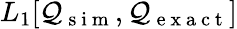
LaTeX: L_{1}[\mathcal{Q}_{\mathrm{{~s~i~m~}}},\mathcal{Q}_{\mathrm{{~e~x~a~c~t~}}}]